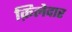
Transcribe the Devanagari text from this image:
क़िलेदार